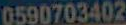
0590703402